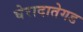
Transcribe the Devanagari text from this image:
घेरादातेगड